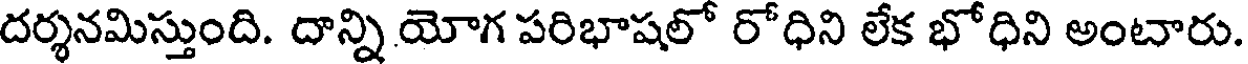
దర్శనమిస్తుంది. దాన్ని యోగ పరిభాషలో రోధిని లేక భోధిని అంటారు